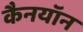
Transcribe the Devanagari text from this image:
कैनयॉन